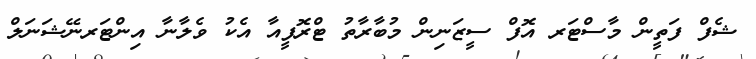
ޝެފް ފަތީން މާސްޓަރ އޮފް ސީޒަނިން މުބާރާތު ޓްރޮފީއާ އެކު ވެލާނާ އިންޓަރނޭޝަނަލް